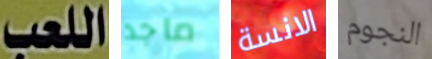
اللعب ماجد الانسة النجوم